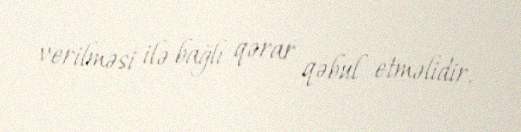
verilməsi ilə bağlı qərar qəbul etməlidir.